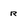
Character: r